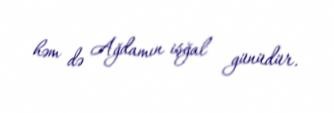
həm də Ağdamın işğal günüdür.